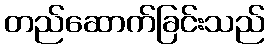
တည်ဆောက်ခြင်းသည်